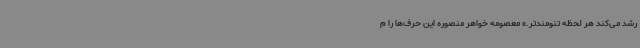
رشد می‌کند هر لحظه تنومندتر.» معصومه خواهر منصوره این حرف‌ها را م